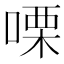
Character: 㗚